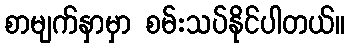
စာမျက်နှာမှာ စမ်းသပ်နိုင်ပါတယ်။